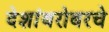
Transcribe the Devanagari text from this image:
देशांबरोबरचे